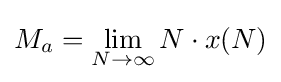
M_{a}=\lim _{N\to \infty }N\cdot x(N)